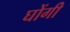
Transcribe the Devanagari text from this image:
घोंगी